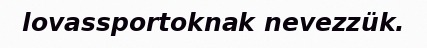
lovassportoknak nevezzük.